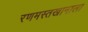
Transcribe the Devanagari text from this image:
रणमस्तखानाला